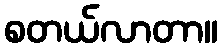
စတယ်လာတာ။